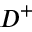
D ^ { + }